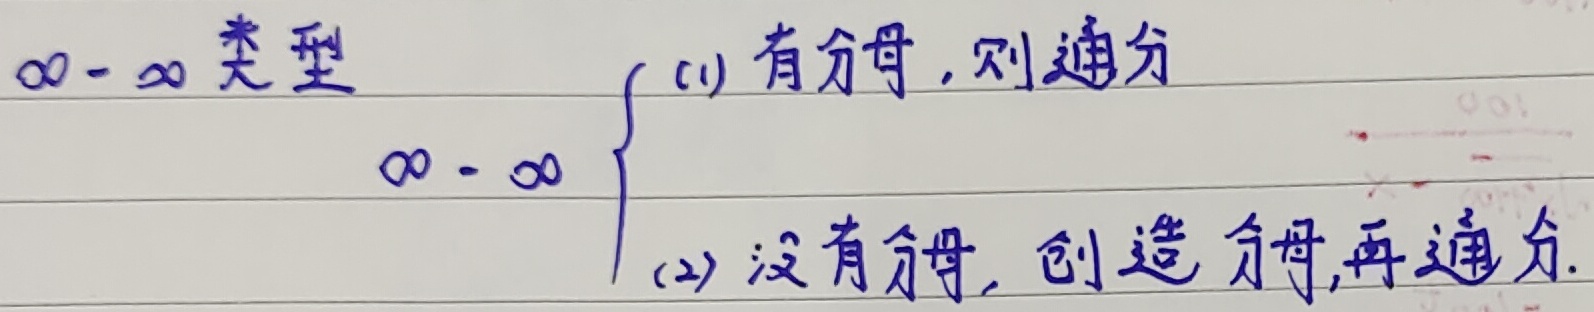
$\infty - \infty$ 类型
\[\begin{cases}
\text{(1) 有分母, 则通分}\\
\text{(2) 没有分母, 创造分母, 再通分}
\end{cases}\]